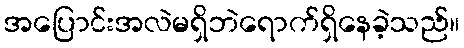
အပြောင်းအလဲမရှိဘဲရောက်ရှိနေခဲ့သည်။